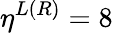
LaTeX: {\eta}^{L(R)}=8